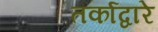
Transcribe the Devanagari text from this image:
तर्काद्वारे